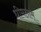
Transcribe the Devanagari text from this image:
धीमताम्‌